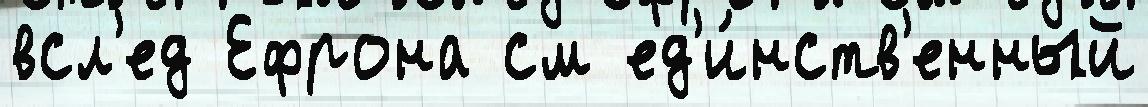
всл'ед Ефрона см ед'и́нств'енный